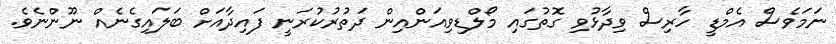
ނަމަވެސް އެމްޑީ ހާރިސް ވިދާޅުވި ގޮތުގައި މޯލްޑިވިއަންއިން ދަތުރުކުރަނީ ފައިދާއަށް ބަލައިގެނެއް ނޫންނެވެ.